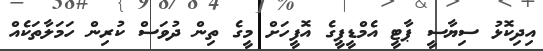
އިދިކޮޅު ސިޔާސީ ޕާޓީ އެމްޑީޕީގެ އޮފީހަށް މީގެ ތިން ދުވަސް ކުރިން ހަމަލާތަކެއް